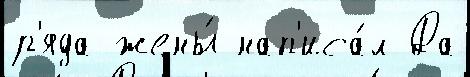
р'яда жены́ нап'иса́л Да